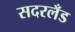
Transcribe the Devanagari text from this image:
सदरलँड